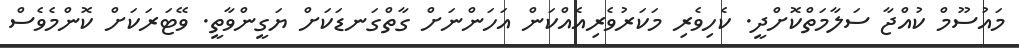
މައުސޫމް ކުއްޖާ ސަލާމަތްކޮށްދީ. ކެހިވެރި މަކަރުވެރިއެއްކަން އަހަންނަށް ގާތްގަނޑަކަށް ޔަގީންވާތީ. ވޭޓަރަކަށް ކޮންމެވެސް